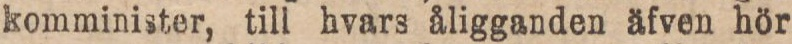
komminister, till hvars åligganden äfven hör